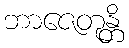
ဘာဇေတုန္တိ